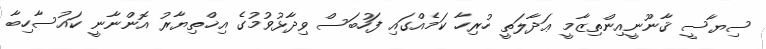
ސިޔާސީ ޤާނޫނީއިންތިޒާމީ ޢަދާލަތީ ހުރިހާ ކަމެއްގައި ފަހުބަސް ވިދާޅުވުމުގެ އިޚްތިޔާރު އޮންނާނީ ކައުސާހިބާ